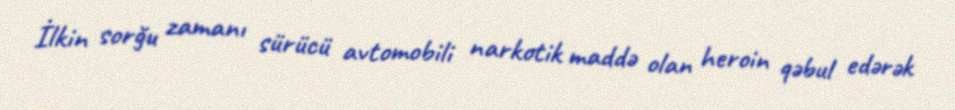
İlkin sorğu zamanı sürücü avtomobili narkotik maddə olan heroin qəbul edərək